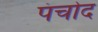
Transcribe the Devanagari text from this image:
पंचोद